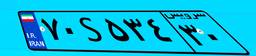
۷۰S۵۳۴۳۰